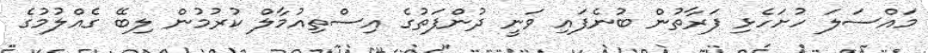
މައްސަލަ ހުށަހެޅި ފަރާތުން ބުނެފައި ވަނީ ދުންފަތުގެ އިސްތިއުމާލް ކުރުމުން ލިބޭ ގެއްލުމުގެ